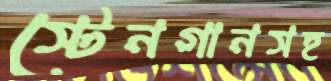
স্টেনগানসহ